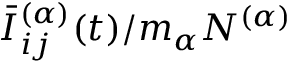
\bar { I } _ { i j } ^ { ( \alpha ) } ( t ) / m _ { \alpha } N ^ { ( \alpha ) }